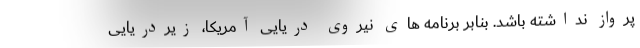
پرواز نداشته باشد. بنابر برنامه های نیروی دریایی آمریکا، زیردریایی